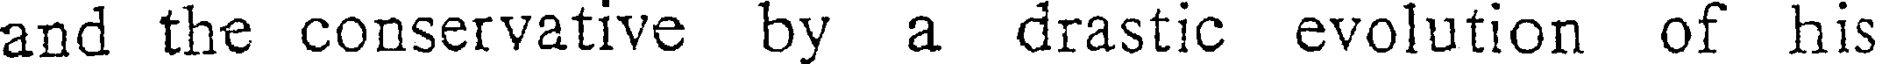
and the conservative by a drastic evolution of his